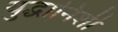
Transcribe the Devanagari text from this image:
युद्धानिशी